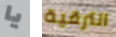
يا الترقية